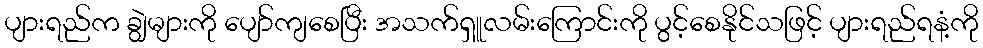
ပျားရည်က ချွဲများကို ပျော်ကျစေပြီး အသက်ရှူလမ်းကြောင်းကို ပွင့်စေနိုင်သဖြင့် ပျားရည်ရနံ့ကို